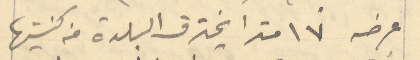
عرضه ١٧ مترا يخترق البلدة من كنيستها